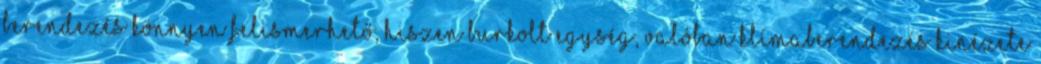
berendezés könnyen felismerhető, hiszen burkolt egység, valóban klímaberendezés kinézete